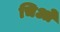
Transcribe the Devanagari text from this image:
चिओ